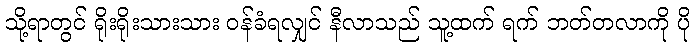
သို့ရာတွင် ရိုးရိုးသားသား ဝန်ခံရလျှင် နီလာသည် သူ့ထက် ရက် ဘတ်တလာကို ပို